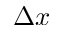
\Delta x